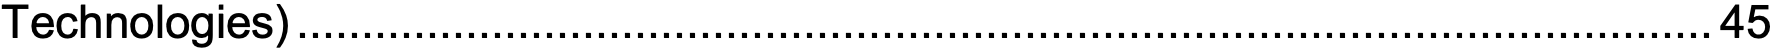
Technologies).............................................................................................................45